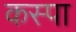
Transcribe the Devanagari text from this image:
कस्पा